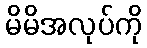
မိမိအလုပ်ကို